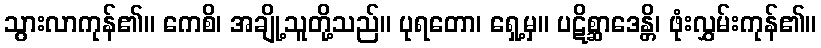
သွားလာကုန်၏။ ကေစိ၊ အချို့သူတို့သည်။ ပုရတော၊ ရှေ့မှ။ ပဋိစ္ဆာဒေန္တိ၊ ဖုံးလွှမ်းကုန်၏။